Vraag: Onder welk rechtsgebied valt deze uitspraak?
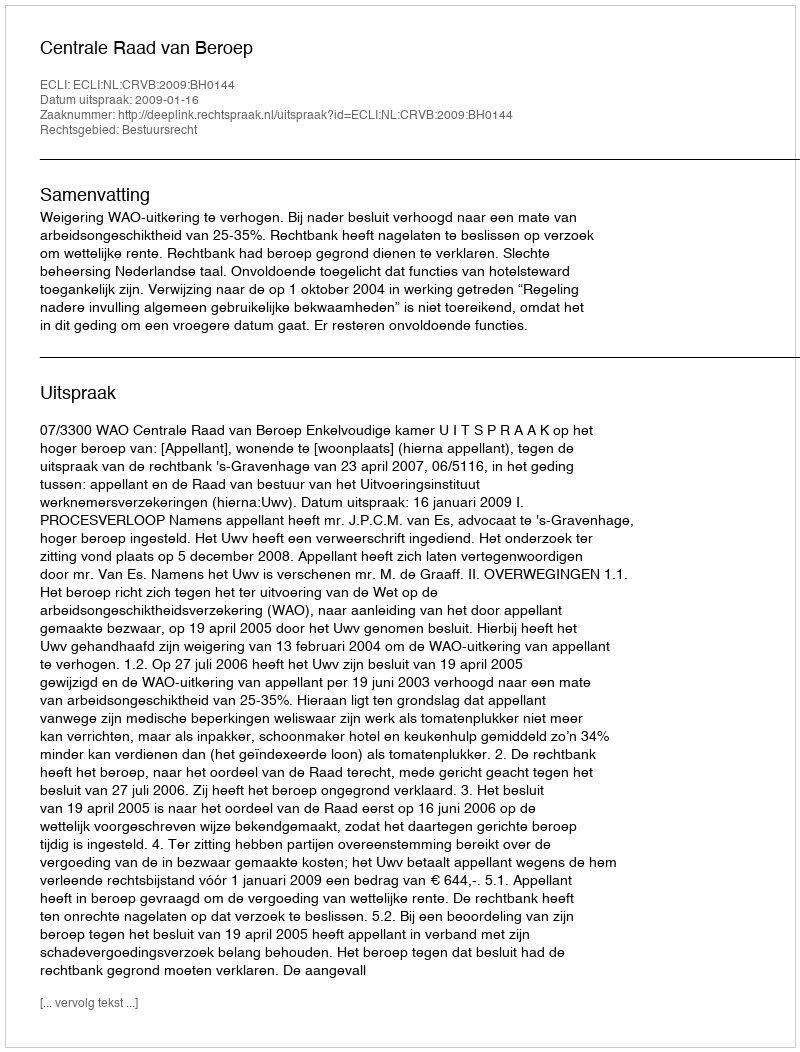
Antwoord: Bestuursrecht